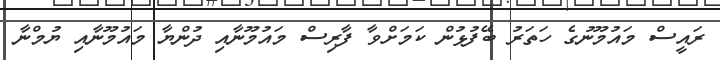
ރައީސް މައުމޫނުގެ ހަތަރު ބޭފުޅުން ކަމަށްވާ ފާރިސް މައުމޫނާއި ދުންޔާ މައުމޫނާއި ޔުމްނާ